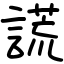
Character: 謊